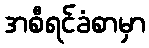
အစီရင်ခံစာမှာ